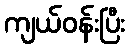
ကျယ်ဝန်းပြီး